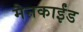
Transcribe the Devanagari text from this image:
मैनकाईंड